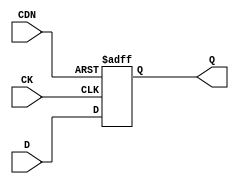
// SPDX-License-Identifier: Apache-2.0
// Copyright (C) 2019 Intel Corporation. All rights reserved
module aibcr3_ulvt16_dffcdn_cust ( 
	input wire CK,
	input wire CDN,
	input wire D,
	output reg Q
);

always@(posedge CK or negedge CDN) begin
	if (!CDN) begin
		Q <= 1'b0;
	end
	else begin
		Q <= D;
	end
end
endmodule